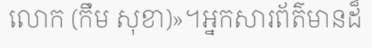
លោក (កឹម សុខា)»។អ្នកសារព័ត៌មានដ៏